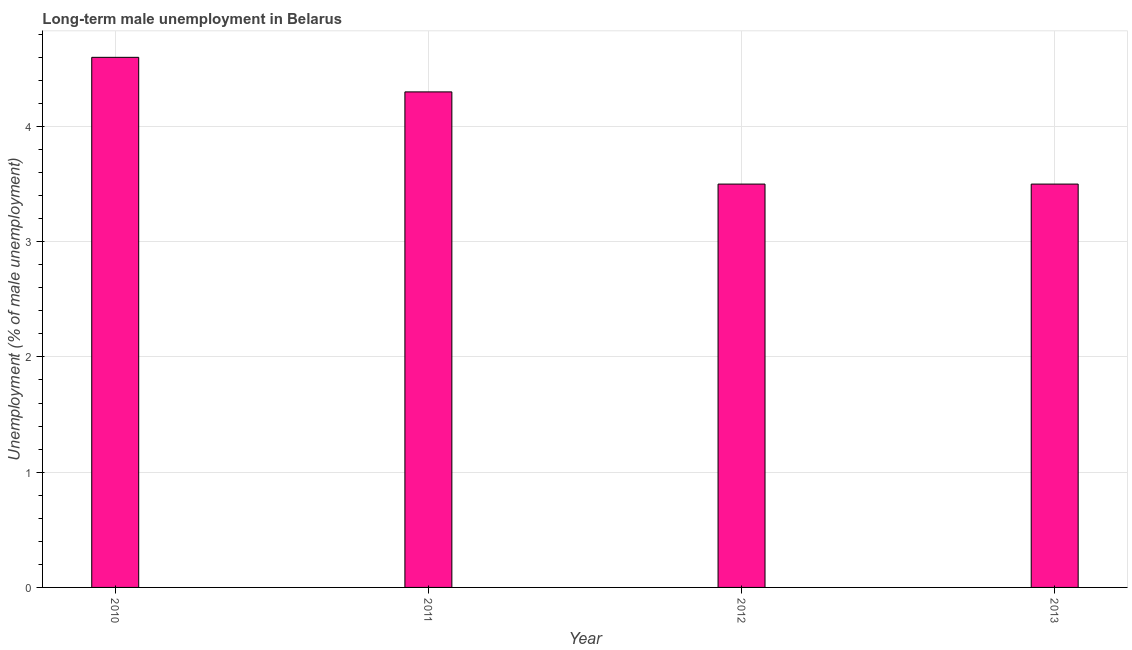
| Year | Long-term unemployment male |
 | --- | --- |
 | 2010 | 4.6 |
 | 2011 | 4.3 |
 | 2012 | 3.5 |
 | 2013 | 3.5 |